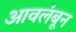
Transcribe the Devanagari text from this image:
आवलंबून